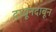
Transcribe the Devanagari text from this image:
दाबूनदाबून